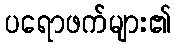
ပရောဖက်များ၏